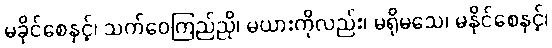
မခိုင်စေနှင့်၊ သက်ဝေကြည်ညို၊ မယားကိုလည်း၊ မရိုမသေ၊ မနိုင်စေနှင့်၊